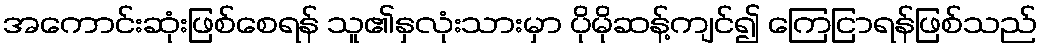
အကောင်းဆုံးဖြစ်စေရန် သူ၏နှလုံးသားမှာ ပိုမိုဆန့်ကျင်၍ ကြေငြာရန်ဖြစ်သည်